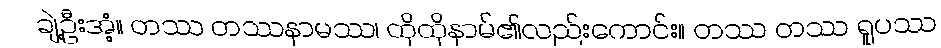
ချဲ့ဦးအံ့။ တဿ တဿနာမဿ၊ ထိုထိုနာမ်၏လည်းကောင်း။ တဿ တဿ ရူပဿ